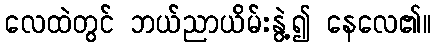
လေထဲတွင် ဘယ်ညာယိမ်းနွဲ့၍ နေလေ၏။